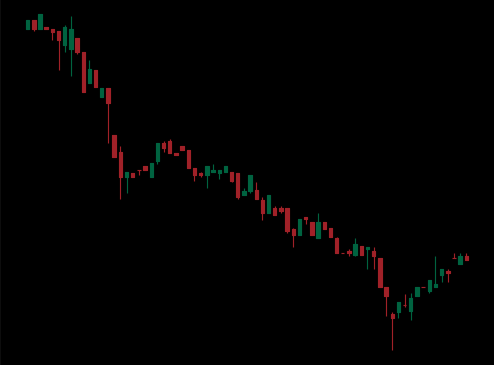
Pattern: bull_flag